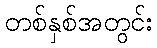
တစ်နှစ်အတွင်း